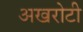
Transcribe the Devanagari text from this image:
अखरोटी